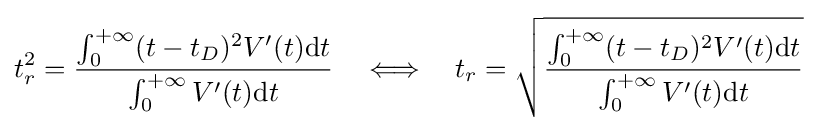
t_{r}^{2}={\frac {\int _{0}^{+\infty }(t-t_{D})^{2}V^{\prime }(t)\mathrm {d} t}{\int _{0}^{+\infty }V^{\prime }(t)\mathrm {d} t}}\quad \Longleftrightarrow \quad t_{r}={\sqrt {\frac {\int _{0}^{+\infty }(t-t_{D})^{2}V^{\prime }(t)\mathrm {d} t}{\int _{0}^{+\infty }V^{\prime }(t)\mathrm {d} t}}}